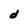
Character: d